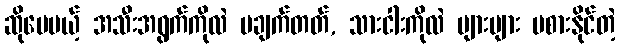
ဆိုပေမယ့် အသီးအရွက်ကိုလဲ မချက်တတ်, သားငါးကိုလဲ များများ မစားနိုင်တဲ့